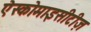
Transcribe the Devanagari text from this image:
ऐस्कोमाइसीटीज़